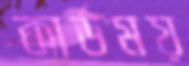
কার্ডময়